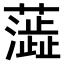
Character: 𫊉